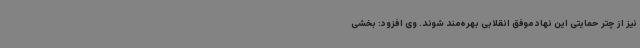
نیز از چتر حمایتی این نهاد موفق انقلابی بهره‌مند شوند. وی افزود: بخشی